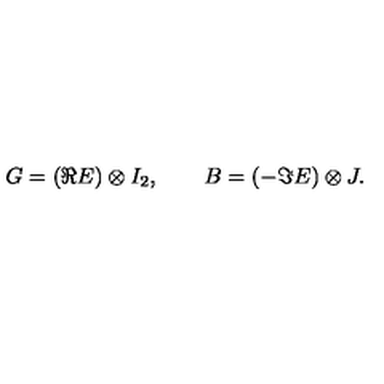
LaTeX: G = ( { \Re } E ) \otimes I _ { 2 } , \qquad B = ( - { \Im } E ) \otimes J .